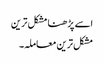
اسے پڑھنا مشکل ترین
مشکل ترین معاملہ۔